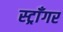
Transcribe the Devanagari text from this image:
स्ट्राँगर